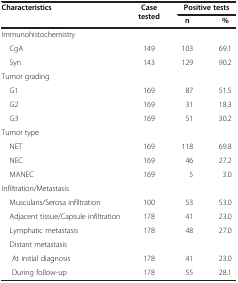
<table><thead><tr><td><b>Characteristics</b></td><td><b>Case tested</b></td><td colspan="2"><b>Positive tests</b></td></tr><tr><td><b> </b></td><td><b> </b></td><td><b>n</b></td><td><b>%</b></td></tr></thead><tbody><tr><td>Immunohistochemistry</td><td> </td><td> </td><td> </td></tr><tr><td> CgA</td><td>149</td><td>103</td><td>69.1</td></tr><tr><td> Syn</td><td>143</td><td>129</td><td>90.2</td></tr><tr><td>Tumor grading</td><td> </td><td> </td><td> </td></tr><tr><td> G1</td><td>169</td><td>87</td><td>51.5</td></tr><tr><td> G2</td><td>169</td><td>31</td><td>18.3</td></tr><tr><td> G3</td><td>169</td><td>51</td><td>30.2</td></tr><tr><td>Tumor type</td><td> </td><td> </td><td> </td></tr><tr><td> NET</td><td>169</td><td>118</td><td>69.8</td></tr><tr><td> NEC</td><td>169</td><td>46</td><td>27.2</td></tr><tr><td> MANEC</td><td>169</td><td>5</td><td>3.0</td></tr><tr><td>Infiltration/Metastasis</td><td> </td><td> </td><td> </td></tr><tr><td> Muscularis/Serosa infiltration</td><td>100</td><td>53</td><td>53.0</td></tr><tr><td> Adjacent tissue/Capsule infiltration</td><td>178</td><td>41</td><td>23.0</td></tr><tr><td> Lymphatic metastasis</td><td>178</td><td>48</td><td>27.0</td></tr><tr><td> Distant metastasis</td><td> </td><td> </td><td> </td></tr><tr><td>At initial diagnosis</td><td>178</td><td>41</td><td>23.0</td></tr><tr><td>During follow-up</td><td>178</td><td>55</td><td>28.1</td></tr></tbody></table>